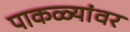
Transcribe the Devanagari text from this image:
पाकळ्यांवर